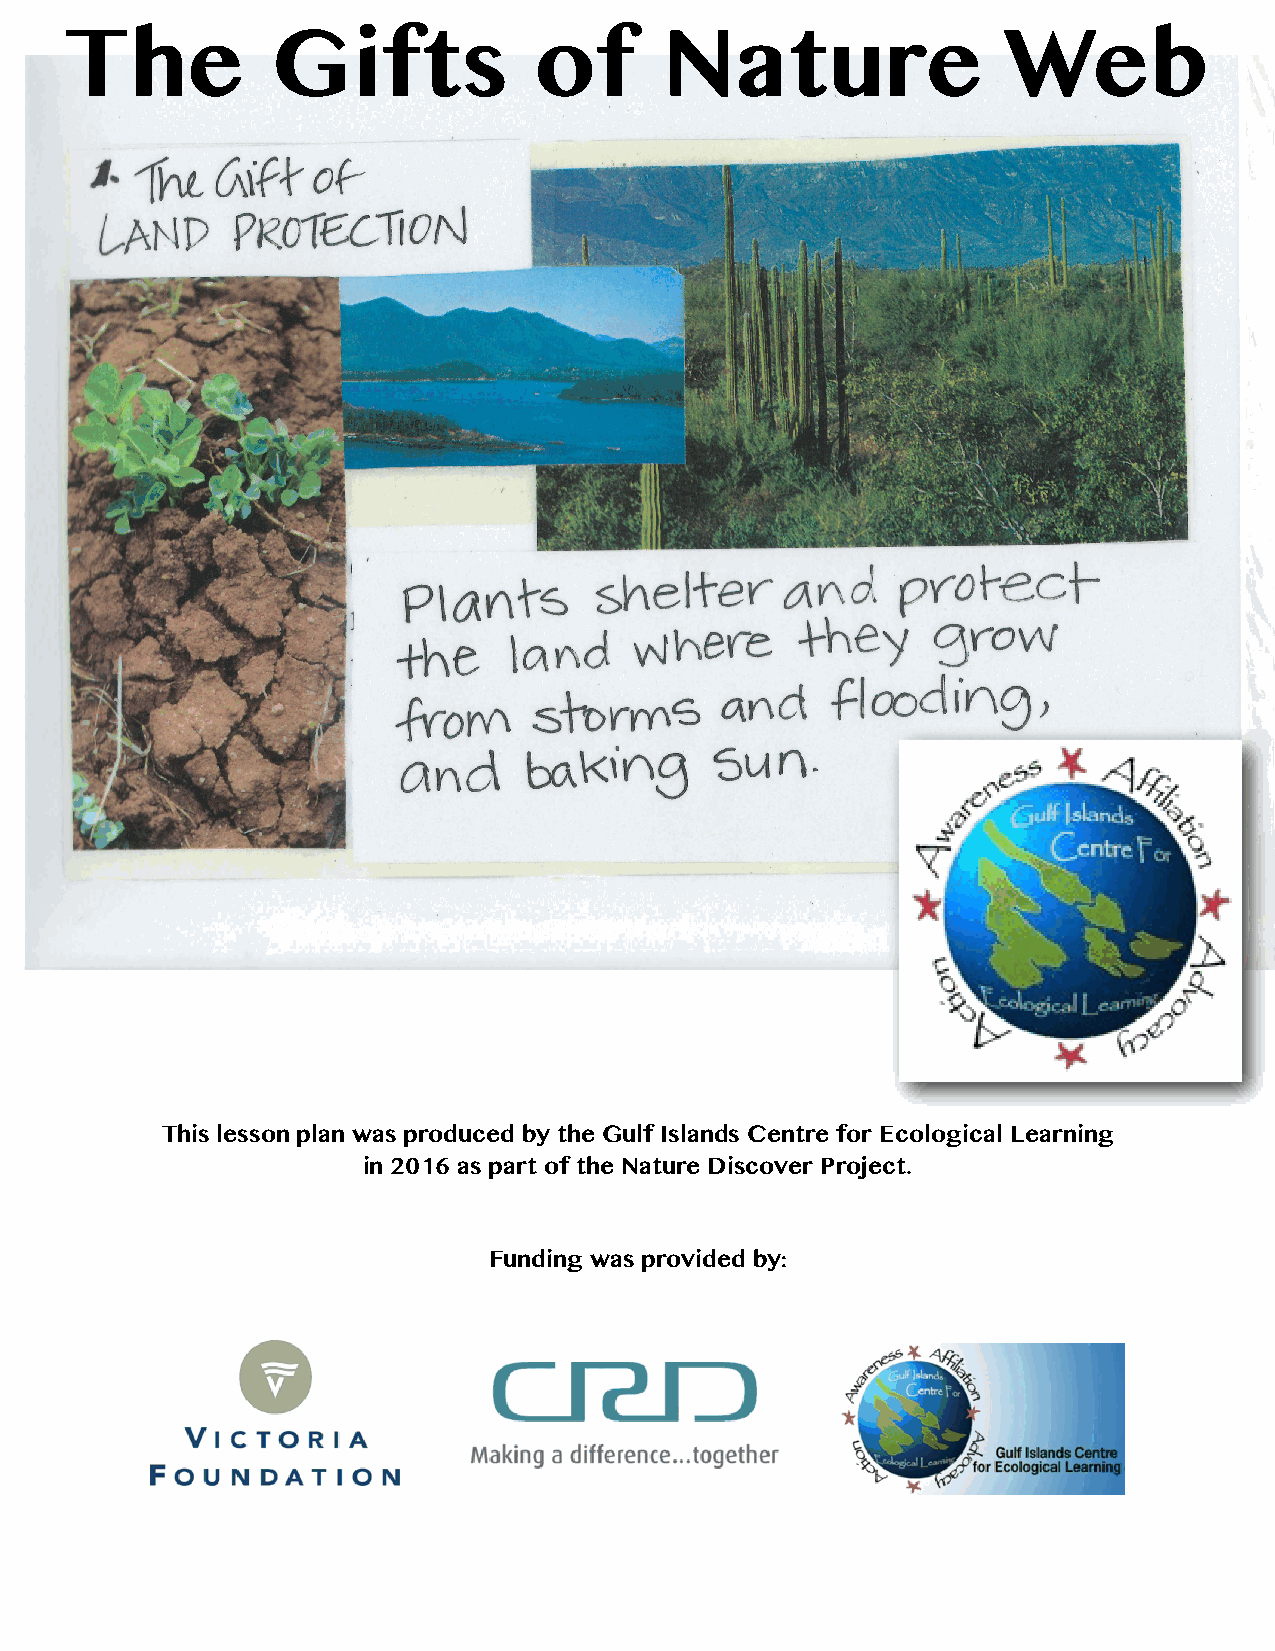
The           Gifts            of       Nature                Web
 This lesson plan was produced by the Gulf Islands Centre for Ecological Learning
 in 2016 as part of the Nature Discover Project.
 Funding was provided by:
 Fr
 +yr
 =tv
 '-t
 RX
 rrq
 $R
 T+,is
 l= )q z
 so
 =t
 dSw_-)
 g
 q.5
 -o
 Ac g+
 dbc
 rtq
 ;'rc
 s
 S-alf
 lili+ Ja4-
 H
 3€
 =d
 s9
 -\
 \h